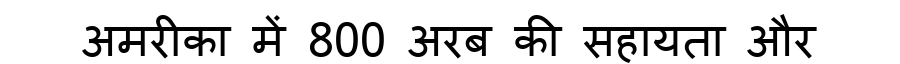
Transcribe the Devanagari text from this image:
अमरीका में 800 अरब की सहायता और